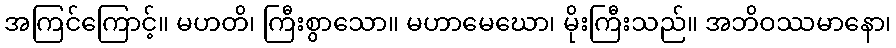
အကြင်ကြောင့်။ မဟတိ၊ ကြီးစွာသော။ မဟာမေဃော၊ မိုးကြီးသည်။ အဘိဝဿမာနော၊